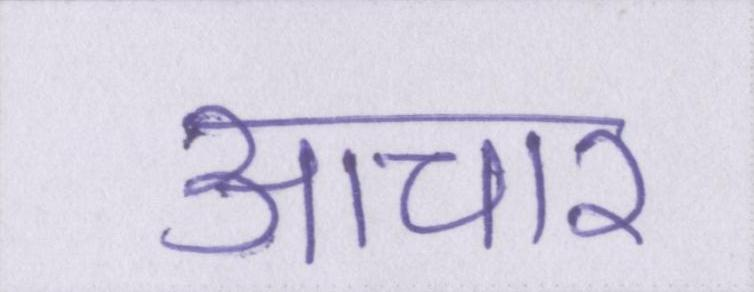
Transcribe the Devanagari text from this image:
आचार